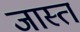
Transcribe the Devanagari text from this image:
जास्‍त्‍ा